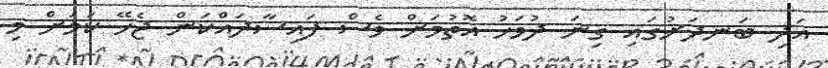
އަދި ބަނދަރުގައި ގިނަ ދުވަހު އޮތުމަށް ވެސް ފައިސާދައްކަން ޖެހޭ ކަމަށް މި